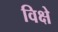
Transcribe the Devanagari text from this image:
विक्षे